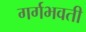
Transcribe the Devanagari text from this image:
गर्गभवती